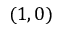
( 1 , 0 )